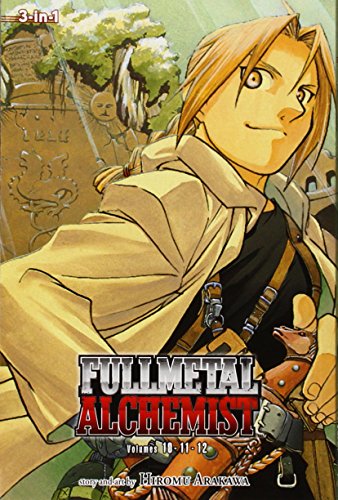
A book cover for Fullmetal Alchemist, Vol. 10-12 (Fullmetal Alchemist 3-in-1); Hiromu Arakawa; Comics & Graphic Novels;